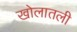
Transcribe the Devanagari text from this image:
खोलातली